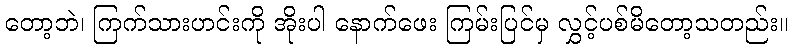
တော့ဘဲ၊ ကြက်သားဟင်းကို အိုးပါ နောက်ဖေး ကြမ်းပြင်မှ လွှင့်ပစ်မိတော့သတည်း။